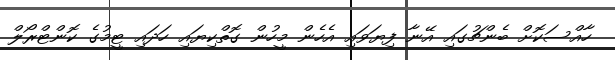
ހާއްސަކޮށް ބެންޗުގައި އޭނާ ފިޔަވައި އެހެން މީހުން ގޮތްކިޔައި ހަދައި ޓީމުގެ ކޮންޓްރޯލް